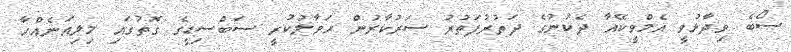
ސޯބެ ވިދާޅުވީ އެމްވީކޭއާ ދެކުނުގެ ދަތުރުފަތުރު ސަރުކާރުން ހަވާލުކުރީ ސަބްސިޑީގެ ގޮތުގައި މިލިއަނެއްހާ